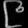
Digit: ၉